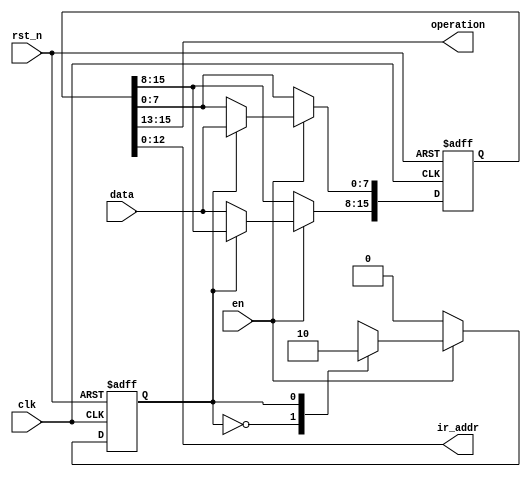
`timescale 1ns / 1ps

module instruction_register(
	input clk,
	input rst_n,
	input en,
	input [7:0] data,
	output [2:0] operation,
	output [12:0] ir_addr
);

	reg [15:0] inst_reg;
	reg state;
	
	assign operation = inst_reg[15:13];
	assign ir_addr = inst_reg[12:0];

	always@(posedge clk or negedge rst_n) begin
		if(!rst_n) begin
			state <= 1'b0;
			inst_reg <= 16'd0;
		end
		else begin
			if(en)
				casex(state)
					1'b0: begin
						inst_reg[15:8] <= data;
						state <= 1'b1;
					end
					1'b1: begin
						inst_reg[7:0] <= data;
						state <= 1'b0;
					end
					default: begin
						inst_reg <= 16'bxxxx_xxxx_xxxx_xxxx;
						state <= 1'bx;
					end
				endcase
			else state <= 1'b0;
		end
	end

endmodule